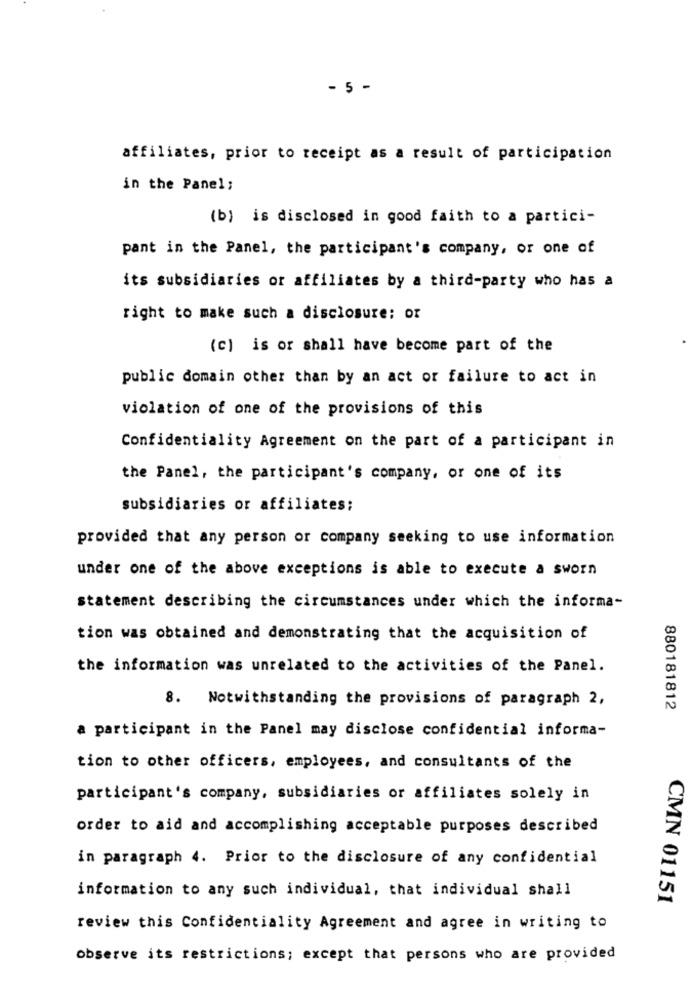
- 5 -
affiliates, prior to receipt as a result of participation
in the Panel;
(b) is disclosed in good faith to a partici-
pant in the Panel, the participant's company, or one of
its subsidiaries or affiliates by a third-party who has a
right to make such a disclosure: or
(c) is or shall have become part of the
public domain other than by an act or failure to act in
violation of one of the provisions of this
Confidentiality Agreement on the part of a participant in
the Panel, the participant's company, or one of its
subsidiaries or affiliates;
provided that any person or company seeking to use information
under one of the above exceptions is able to execute a sworn
statement describing the circumstances under which the informa-
tion was obtained and demonstrating that the acquisition of
the information was unrelated to the activities of the Panel.
8. Notwithstanding the provisions of paragraph 2,
880181812
a participant in the Panel may disclose confidential informa-
tion to other officers, employees, and consultants of the
participant's company, subsidiaries or affiliates solely in
order to aid and accomplishing acceptable purposes described
in paragraph 4. Prior to the disclosure of any confidential
information to any such individual, that individual shall
CMN 01151
review this Confidentiality Agreement and agree in writing to
observe its restrictions; except that persons who are provided